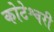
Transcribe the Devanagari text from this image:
कोटेश्वरी